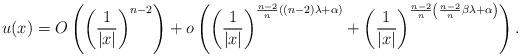
LaTeX: \begin{align*} u(x)=O\left( \left(\frac{1}{|x|}\right)^{n-2}\right) +o\left( \left(\frac{1}{|x|}\right)^{\frac{n-2}{n}((n-2)\lambda+\alpha)} +\left(\frac{1}{|x|}\right)^{\frac{n-2}{n}\left(\frac{n-2}{n}\beta\lambda+\alpha\right)} \right). \end{align*}